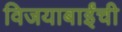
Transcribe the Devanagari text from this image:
विजयाबाईंची